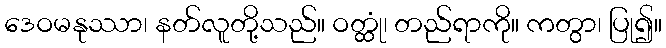
ဒေဝမနုဿာ၊ နတ်လူတို့သည်။ ဝတ္ထုံ၊ တည်ရာကို။ ကတွာ၊ ပြု၍။